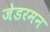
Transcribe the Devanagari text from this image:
जेडरमन